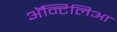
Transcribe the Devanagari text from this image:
अॅन्टिलिआ